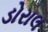
ડોરાલ